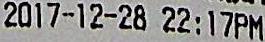
2017-12-28 22:17PM